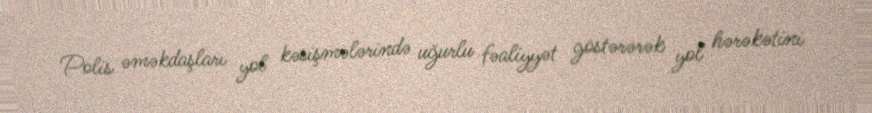
Polis əməkdaşları yol kəsişmələrində uğurlu fəaliyyət göstərərək yol hərəkətini